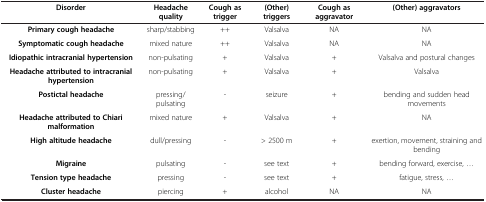
<table><thead><tr><td><b>Disorder</b></td><td><b>Headache quality</b></td><td><b>Cough as trigger</b></td><td><b>(Other) triggers</b></td><td><b>Cough as aggravator</b></td><td><b>(Other) aggravators</b></td></tr></thead><tbody><tr><td><b>Primary cough headache</b></td><td>sharp/stabbing</td><td>++</td><td>Valsalva</td><td>NA</td><td>NA</td></tr><tr><td><b>Symptomatic cough headache</b></td><td>mixed nature</td><td>++</td><td>Valsalva</td><td>NA</td><td>NA</td></tr><tr><td><b>Idiopathic intracranial hypertension</b></td><td>non-pulsating</td><td>+</td><td>Valsalva</td><td>+</td><td>Valsalva and postural changes</td></tr><tr><td><b>Headache attributed to intracranial hypertension</b></td><td>non-pulsating</td><td>+</td><td>Valsalva</td><td>+</td><td>Valsalva</td></tr><tr><td><b>Postictal headache</b></td><td>pressing/pulsating</td><td>-</td><td>seizure</td><td>+</td><td>bending and sudden head movements</td></tr><tr><td><b>Headache attributed to Chiari malformation</b></td><td>mixed nature</td><td>+</td><td>Valsalva</td><td>+</td><td>NA</td></tr><tr><td><b>High altitude headache</b></td><td>dull/pressing</td><td>-</td><td>&gt; 2500 m</td><td>+</td><td>exertion, movement, straining and bending</td></tr><tr><td><b>Migraine</b></td><td>pulsating</td><td>-</td><td>see text</td><td>+</td><td>bending forward, exercise, ...</td></tr><tr><td><b>Tension type headache</b></td><td>pressing</td><td>-</td><td>see text</td><td>+</td><td>fatigue, stress, ...</td></tr><tr><td><b>Cluster headache</b></td><td>piercing</td><td>+</td><td>alcohol</td><td>NA</td><td>NA</td></tr></tbody></table>